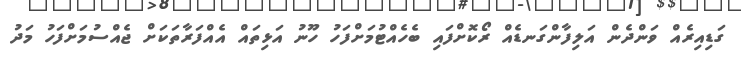
ގަޑިއިރެއް ވަންދެން އަލިފާންގަނޑެއް ރޯކޮށްފައި ބެހެއްޓުމަށްފަހު ހޫނު އަޅިތައް އެއްފަރާތަކަށް ޖެއްސުމަށްފަހު މަދު